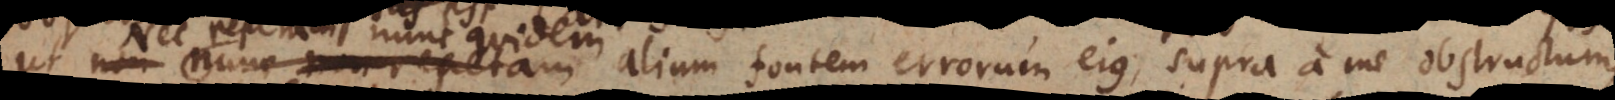
nunc quidem alium fontem errorum ejus, supra a me obstructum